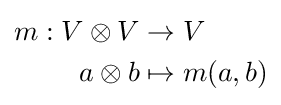
{\begin{aligned}m:V\otimes V&\to V\\a\otimes b&\mapsto m(a,b)\end{aligned}}